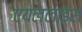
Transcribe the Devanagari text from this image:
एयललाइंस